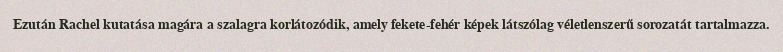
Ezután Rachel kutatása magára a szalagra korlátozódik, amely fekete-fehér képek látszólag véletlenszerű sorozatát tartalmazza.